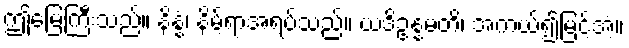
ဤမြေကြီးသည်။ နိန္နံ၊ နိမ့်ရာအရပ်သည်။ ယဒိဥန္နမတိ၊ အကယ်၍မြင့်အံ့။